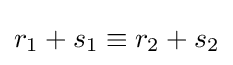
r_{1}+s_{1}\equiv r_{2}+s_{2}